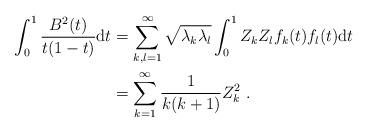
LaTeX: \begin{align*}\int_0^1\frac{B^2(t) }{t(1-t)}\mathrm{d}t&=\sum_{k,l=1}^{\infty}\sqrt{\lambda_k\lambda_l}\int_{0}^{1}Z_kZ_l f_k(t)f_l(t)\mathrm{d}t\\&=\sum_{k=1}^{\infty}\frac{1}{k(k+1)}Z_k^2\ .\end{align*}